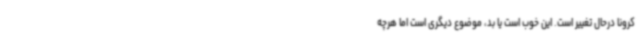
کرونا درحال تغییر است. این خوب است یا بد، موضوع دیگری است اما هرچه